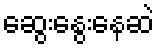
ဆွေးနွေးနေဆဲ